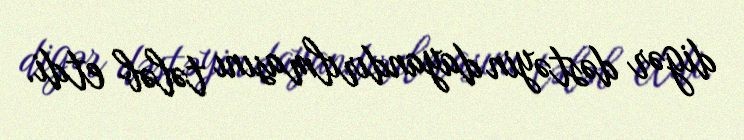
digər dəstəyin dayandırılmasını tələb etdi.